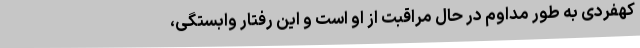
کهفردی به طور مداوم در حال مراقبت از او است و این رفتار وابستگی،